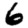
Digit: 6